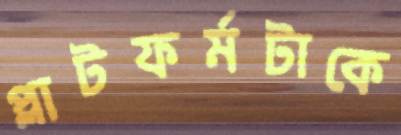
প্লাটফর্মটাকে